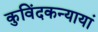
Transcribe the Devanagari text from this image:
कुविंदकन्यायां